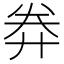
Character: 𢍊